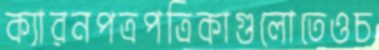
ক্যারনপত্রপত্রিকাগুলোতেওচ